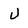
Character: u